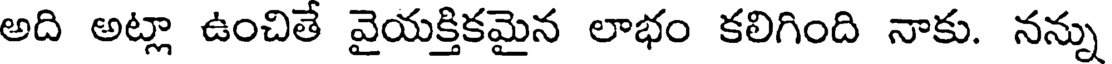
అది అట్లా ఉంచితే వైయక్తికమైన లాభం కలిగింది నాకు. నన్ను